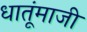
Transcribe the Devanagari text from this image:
धातूंमाजी